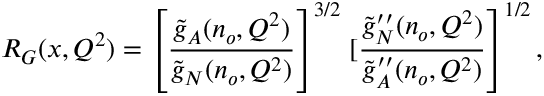
R _ { G } ( x , Q ^ { 2 } ) = \left[ \frac { \widetilde { g } _ { A } ( n _ { o } , Q ^ { 2 } ) } { \widetilde { g } _ { N } ( n _ { o } , Q ^ { 2 } ) } \right] ^ { 3 / 2 } \left. [ \frac { \widetilde { g } _ { N } ^ { \prime \prime } ( n _ { o } , Q ^ { 2 } ) } { \widetilde { g } _ { A } ^ { \prime \prime } ( n _ { o } , Q ^ { 2 } ) } \right] ^ { 1 / 2 } ,